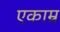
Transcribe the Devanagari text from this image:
एकाम्र